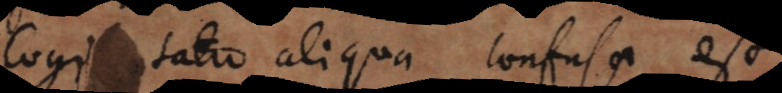
Cogitatio aliqua confusa est,